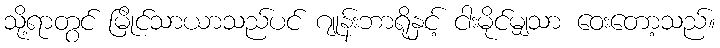
သို့ရာတွင် မြိုင်သာယာသည်ပင် ဂျုန်းဘာရိုနှင့် ငါးမိုင်မျှသာ ဝေးတော့သည်။